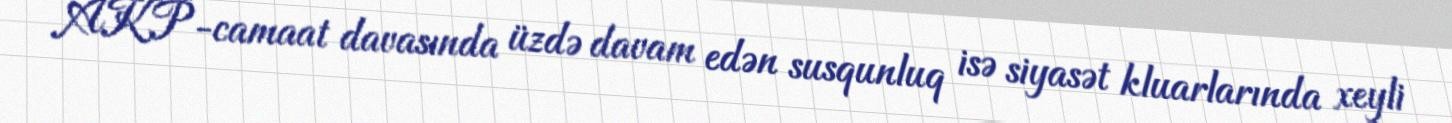
AKP-camaat davasında üzdə davam edən susqunluq isə siyasət kluarlarında xeyli